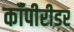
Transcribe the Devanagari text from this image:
कॉपीरीडर